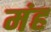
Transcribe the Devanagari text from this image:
मंह